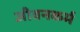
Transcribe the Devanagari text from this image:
जीवनकर्म